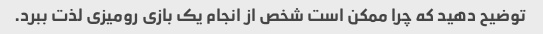
توضیح دهید که چرا ممکن است شخص از انجام یک بازی رومیزی لذت ببرد.